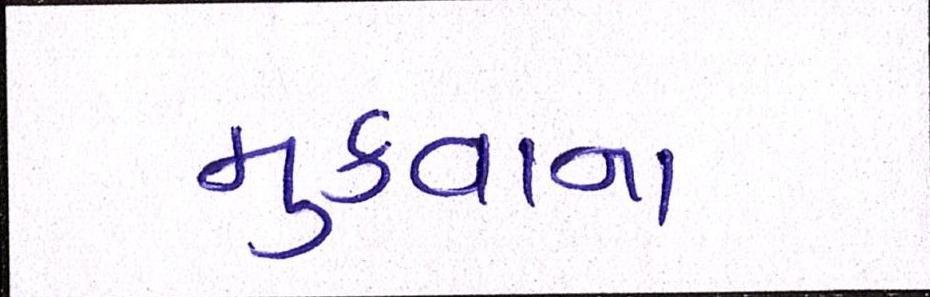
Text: મુકવાના